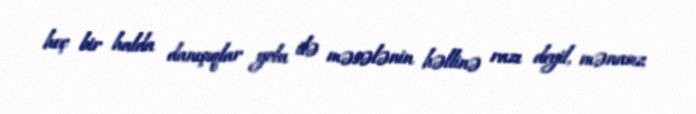
heç bir halda danışıqlar yolu ilə məsələnin həllinə razı deyil, mənasız